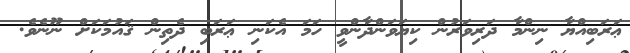
ޢަރަބިއްޔާ ނިންމާ ދަރިވަރުން ކިޔަވަންދާންވީ ހަމަ އެކަނި ޢަރަބި ދެތިން ޤައުމަކަށް ނޫނެވެ.